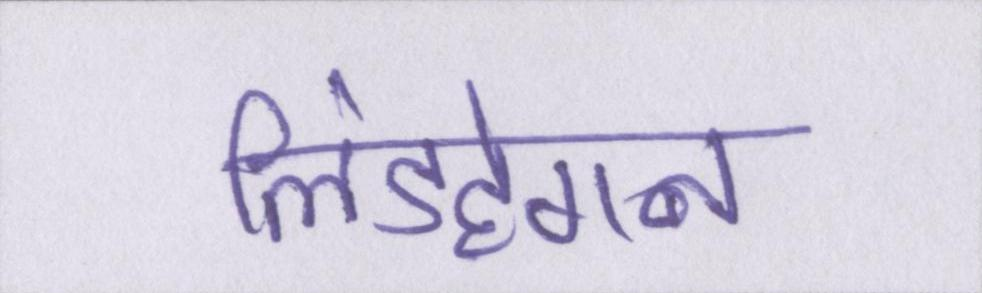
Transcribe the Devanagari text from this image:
लिंडहेगन